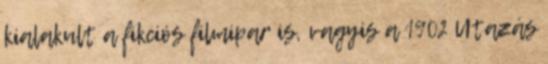
kialakult a fikciós filmipar is, vagyis a 1902 Utazás